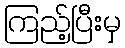
ကြည့်ပြီးမှ